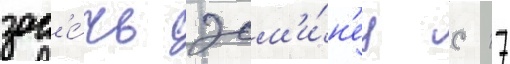
зас'е́чь эсм'и́н'ец с 17